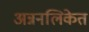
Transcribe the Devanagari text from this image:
अन्ननलिकेत